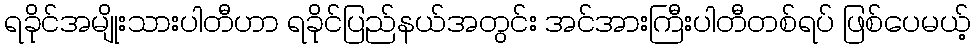
ရခိုင်အမျိုးသားပါတီဟာ ရခိုင်ပြည်နယ်အတွင်း အင်အားကြီးပါတီတစ်ရပ် ဖြစ်ပေမယ့်